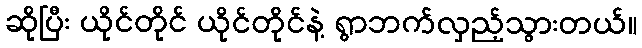
ဆိုပြီး ယိုင်တိုင် ယိုင်တိုင်နဲ့ ရွာဘက်လှည့်သွားတယ်။